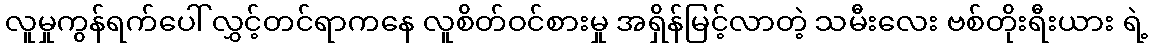
လူမှုကွန်ရက်ပေါ် လွှင့်တင်ရာကနေ လူစိတ်ဝင်စားမှု အရှိန်မြင့်လာတဲ့ သမီးလေး ဗစ်တိုးရီးယား ရဲ့